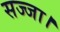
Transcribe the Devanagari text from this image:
सज्जा।